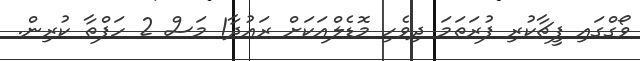
ވޯގްގައި ފީޗާކުރި ފުރަތަމަ ދިވެހި މޮޑެލްއަކަށް ރައުދާ1 މަސް 2 ހަފްތާ ކުރިން.